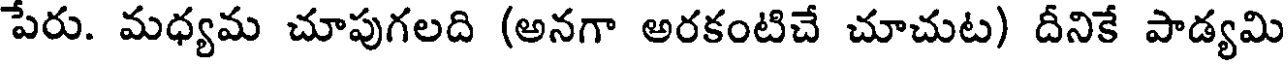
పేరు. మధ్యమ చూపుగలది (అనగా అరకంటిచే చూచుట) దీనికే పాడ్యమి